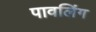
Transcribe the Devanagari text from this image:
पावलिंग